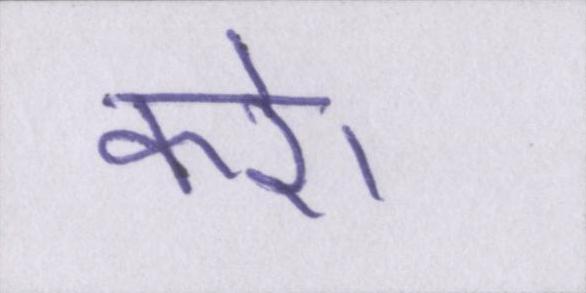
करे।